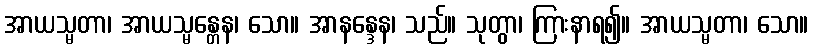
အာယသ္မတာ၊ အာယသ္မန္တေန၊ သော။ အာနန္ဒေန၊ သည်။ သုတွာ၊ ကြားနာရ၍။ အာယသ္မတာ၊ သော။